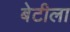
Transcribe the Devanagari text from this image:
बेटीला